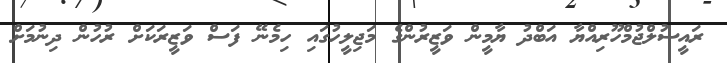
ރައީސުލްޖުމްހޫރިއްޔާ އަބްދު ޔާމީން ވަޒީރުންގެ މަޖިލީހުގައި ހިމެނޭ ފަސް ވަޒީރަކަށް ރުހުން ދިނުމަށް